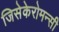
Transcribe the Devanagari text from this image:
जिसेकेरोमन्सी